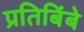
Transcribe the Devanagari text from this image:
प्रतिबिंबे